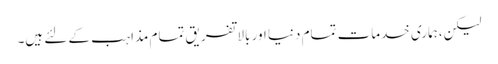
لیکن،ہماری خدمات تمام دنیا اور بالا تفریق تمام مذاہب کے لئے ہیں۔